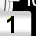
Digit: 1